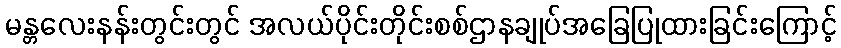
မန္တလေးနန်းတွင်းတွင် အလယ်ပိုင်းတိုင်းစစ်ဌာနချုပ်အခြေပြုထားခြင်းကြောင့်